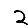
Digit: 2